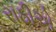
રાઠીએ